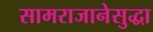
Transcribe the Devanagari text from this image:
सामराजानेसुद्धा